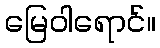
မြေဝါရောင်။